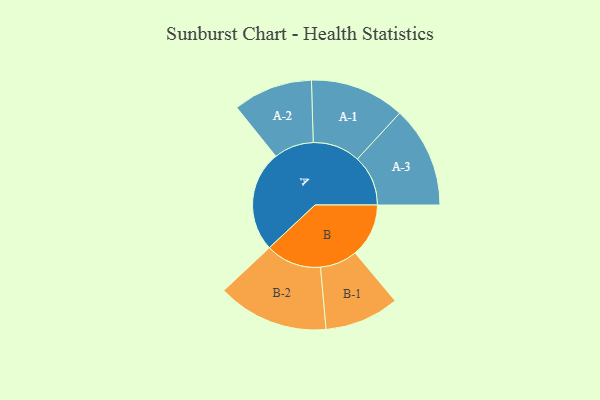
{"axis": {"x": "Segment", "y": "Value"}, "legend": ["", "A", "B"], "data": [{"x": "A", "y": 490, "type": ""}, {"x": "B", "y": 260, "type": ""}, {"x": "A-1", "y": 230, "type": "A"}, {"x": "A-2", "y": 193, "type": "A"}, {"x": "A-3", "y": 246, "type": "A"}, {"x": "B-1", "y": 181, "type": "B"}, {"x": "B-2", "y": 270, "type": "B"}]}